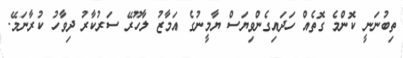
ތިބުނަނީ ކޮންމެ ގޮތެއް ހަދައިގެންވިޔަސް ޔާމީނުގެ އަމާޒު ލާހޫރޭ ސަރުކާރު ދިވާހު ކުރާނަމޭ.